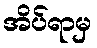
အိပ်ရာမှ